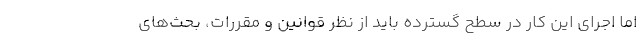
اما اجرای این کار در سطح گسترده باید از نظر قوانین و مقررات، بحث‌های